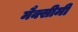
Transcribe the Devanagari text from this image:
मैक्सीमी